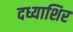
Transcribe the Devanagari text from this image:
दध्याशिर